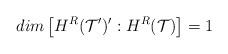
LaTeX: \begin{align*}dim\left[ H^{R}({\cal T}^{\prime })^{\prime }:H^{R}({\cal T})\right] =1\end{align*}